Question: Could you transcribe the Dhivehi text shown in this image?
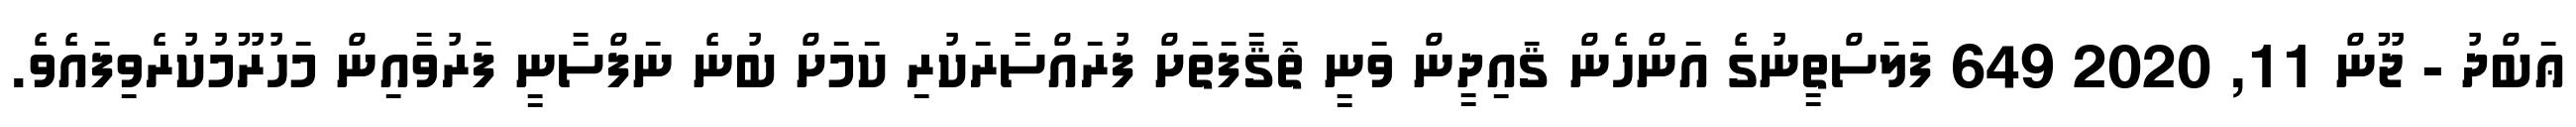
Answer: ޢަބްދު - ޖޫން 11, 2020 649 ފަލަސްތީނުގެ އަންހެން ޤައިދީން ވަނީ ޘަޤާފަތަށް ފުރައްސާރަކުރި ކަމަށް ބުނެ ނަފްސާނީ ފަރުވާއިން މަހުރޫމުކުރެވިފައެވެ.